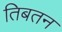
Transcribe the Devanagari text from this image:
तिबतन